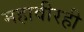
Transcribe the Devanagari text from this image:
महावीरही